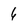
Character: 6